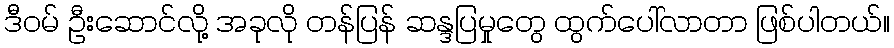
ဒီဝမ် ဦးဆောင်လို့ အခုလို တန်ပြန် ဆန္ဒပြမှုတွေ ထွက်ပေါ်လာတာ ဖြစ်ပါတယ်။